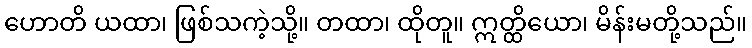
ဟောတိ ယထာ၊ ဖြစ်သကဲ့သို့။ တထာ၊ ထိုတူ။ ဣတ္ထိယော၊ မိန်းမတို့သည်။